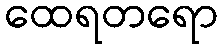
ထေရတရော